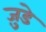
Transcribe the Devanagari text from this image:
जु़डे